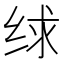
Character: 𰬗